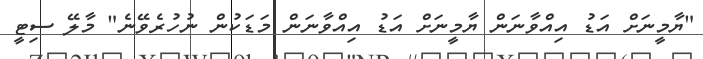
"ޔާމީނަށް އަޑު އިއްވާނަން ޔާމީނަށް އަޑު އިއްވާނަން މަޑަކުން ނުހުރެވޭނެ" މާލޭ ސިޓީ